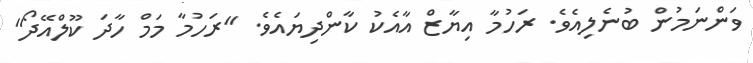
ވަންނަމުން ބުނެލިއެވެ. ރަހުމާ އިޔާޒް އާއެކު ކާންދިޔައެވެ. "ރަހުމާ މަމް ހާދަ ކޫލްއޭދޯ"